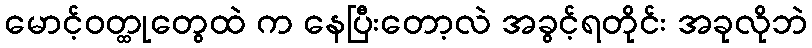
မောင့်ဝတ္ထုတွေထဲ က နေပြီးတော့လဲ အခွင့်ရတိုင်း အခုလိုဘဲ